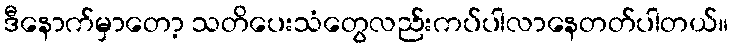
ဒီနောက်မှာတော့ သတိပေးသံတွေလည်းကပ်ပါလာနေတတ်ပါတယ်။